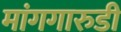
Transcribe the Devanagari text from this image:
मांगगारुडी